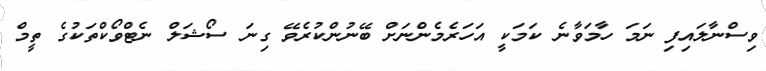
ވިސްނާލައިފި ނަމަ ހާމަވާނެ ކަމަކީ އަހަރެމެންނަށް ބޭނުންކުރެވޭ ގިނަ ސޯޝަލް ނެޓްވޯކްތަކުގެ ތީމް